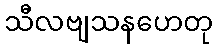
သီလဗျသနဟေတု